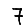
Digit: 7